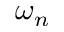
\omega _ { n }